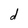
Character: d